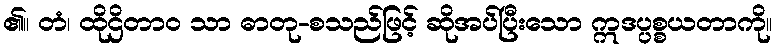
၏။ တံ၊ ထိုဌိတာဝ သာ ဓာတု-စသည်ဖြင့် ဆိုအပ်ပြီးသော ဣဒပ္ပစ္စယတာကို။